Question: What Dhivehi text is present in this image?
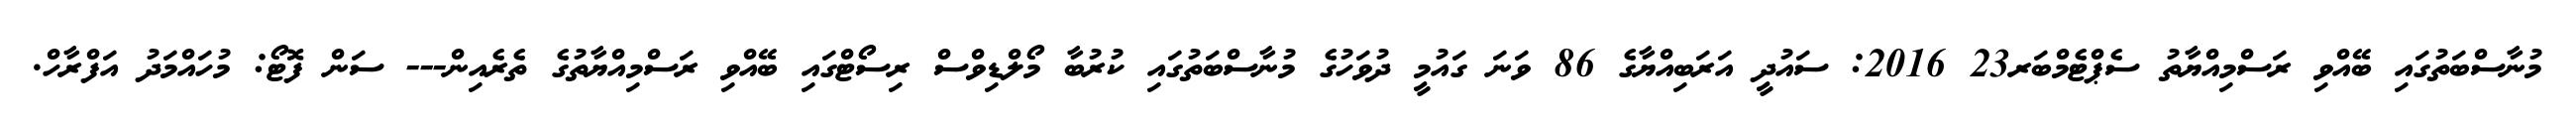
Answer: މުނާސްބަތުގައި ބޭއްވި ރަސްމިއްޔާތު ސެޕްޓެމްބަރ23 2016: ސައުދީ އަރަބިއްޔާގެ 86 ވަނަ ގައުމީ ދުވަހުގެ މުނާސްބަތުގައި ކުރުބާ މޯލްޑިވްސް ރިސޯޓްގައި ބޭއްވި ރަސްމިއްޔާތުގެ ތެރެއިން--- ސަން ފޮޓޯ: މުހައްމަދު އަފްރާހް.